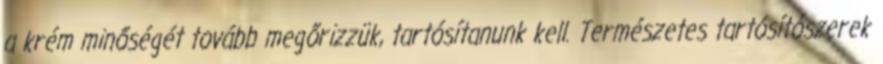
a krém minőségét tovább megőrizzük, tartósítanunk kell. Természetes tartósítószerek